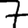
Digit: 7